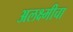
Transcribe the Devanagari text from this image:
अलक्ष्मीचा